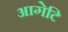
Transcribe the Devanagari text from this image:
आगेटि